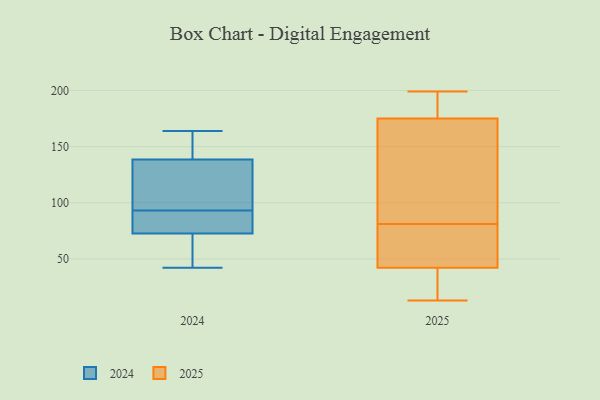
{"axis": {"x": "Satisfaction Score", "y": "Value"}, "legend": ["2024", "2025"], "data": [{"x": "", "y": 110, "type": "2024"}, {"x": "", "y": 99, "type": "2024"}, {"x": "", "y": 126, "type": "2024"}, {"x": "", "y": 140, "type": "2024"}, {"x": "", "y": 63, "type": "2024"}, {"x": "", "y": 87, "type": "2024"}, {"x": "", "y": 77, "type": "2024"}, {"x": "", "y": 42, "type": "2024"}, {"x": "", "y": 146, "type": "2024"}, {"x": "", "y": 137, "type": "2024"}, {"x": "", "y": 87, "type": "2024"}, {"x": "", "y": 72, "type": "2024"}, {"x": "", "y": 150, "type": "2024"}, {"x": "", "y": 65, "type": "2024"}, {"x": "", "y": 70, "type": "2024"}, {"x": "", "y": 73, "type": "2024"}, {"x": "", "y": 164, "type": "2024"}, {"x": "", "y": 125, "type": "2024"}, {"x": "", "y": 153, "type": "2024"}, {"x": "", "y": 78, "type": "2024"}, {"x": "", "y": 51, "type": "2025"}, {"x": "", "y": 113, "type": "2025"}, {"x": "", "y": 194, "type": "2025"}, {"x": "", "y": 175, "type": "2025"}, {"x": "", "y": 42, "type": "2025"}, {"x": "", "y": 35, "type": "2025"}, {"x": "", "y": 16, "type": "2025"}, {"x": "", "y": 130, "type": "2025"}, {"x": "", "y": 13, "type": "2025"}, {"x": "", "y": 94, "type": "2025"}, {"x": "", "y": 68, "type": "2025"}, {"x": "", "y": 42, "type": "2025"}, {"x": "", "y": 194, "type": "2025"}, {"x": "", "y": 199, "type": "2025"}]}